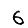
Digit: 6